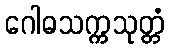
ဂေါဓသက္ကသုတ္တံ